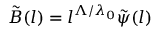
\tilde { B } ( l ) = l ^ { \Lambda / \lambda _ { 0 } } \tilde { \psi } ( l )